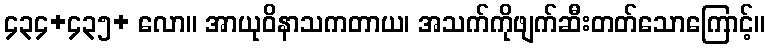
၄၃၄+၄၃၅+ လော။ အာယုဝိနာသကတာယ၊ အသက်ကိုဖျက်ဆီးတတ်သောကြောင့်။